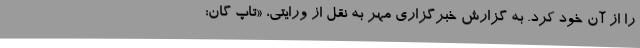
را از آن خود کرد. به گزارش خبرگزاری مهر به نقل از ورایتی، «تاپ گان: